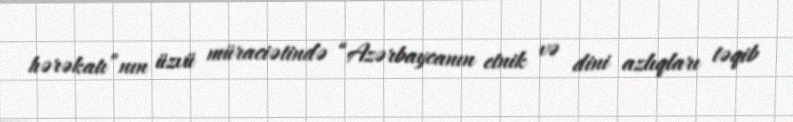
hərəkatı”nın üzvü müraciətində “Azərbaycanın etnik və dini azlıqları təqib